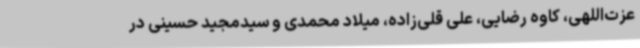
عزت‌اللهی، کاوه رضایی، علی قلی‌زاده، میلاد محمدی و سیدمجید حسینی در